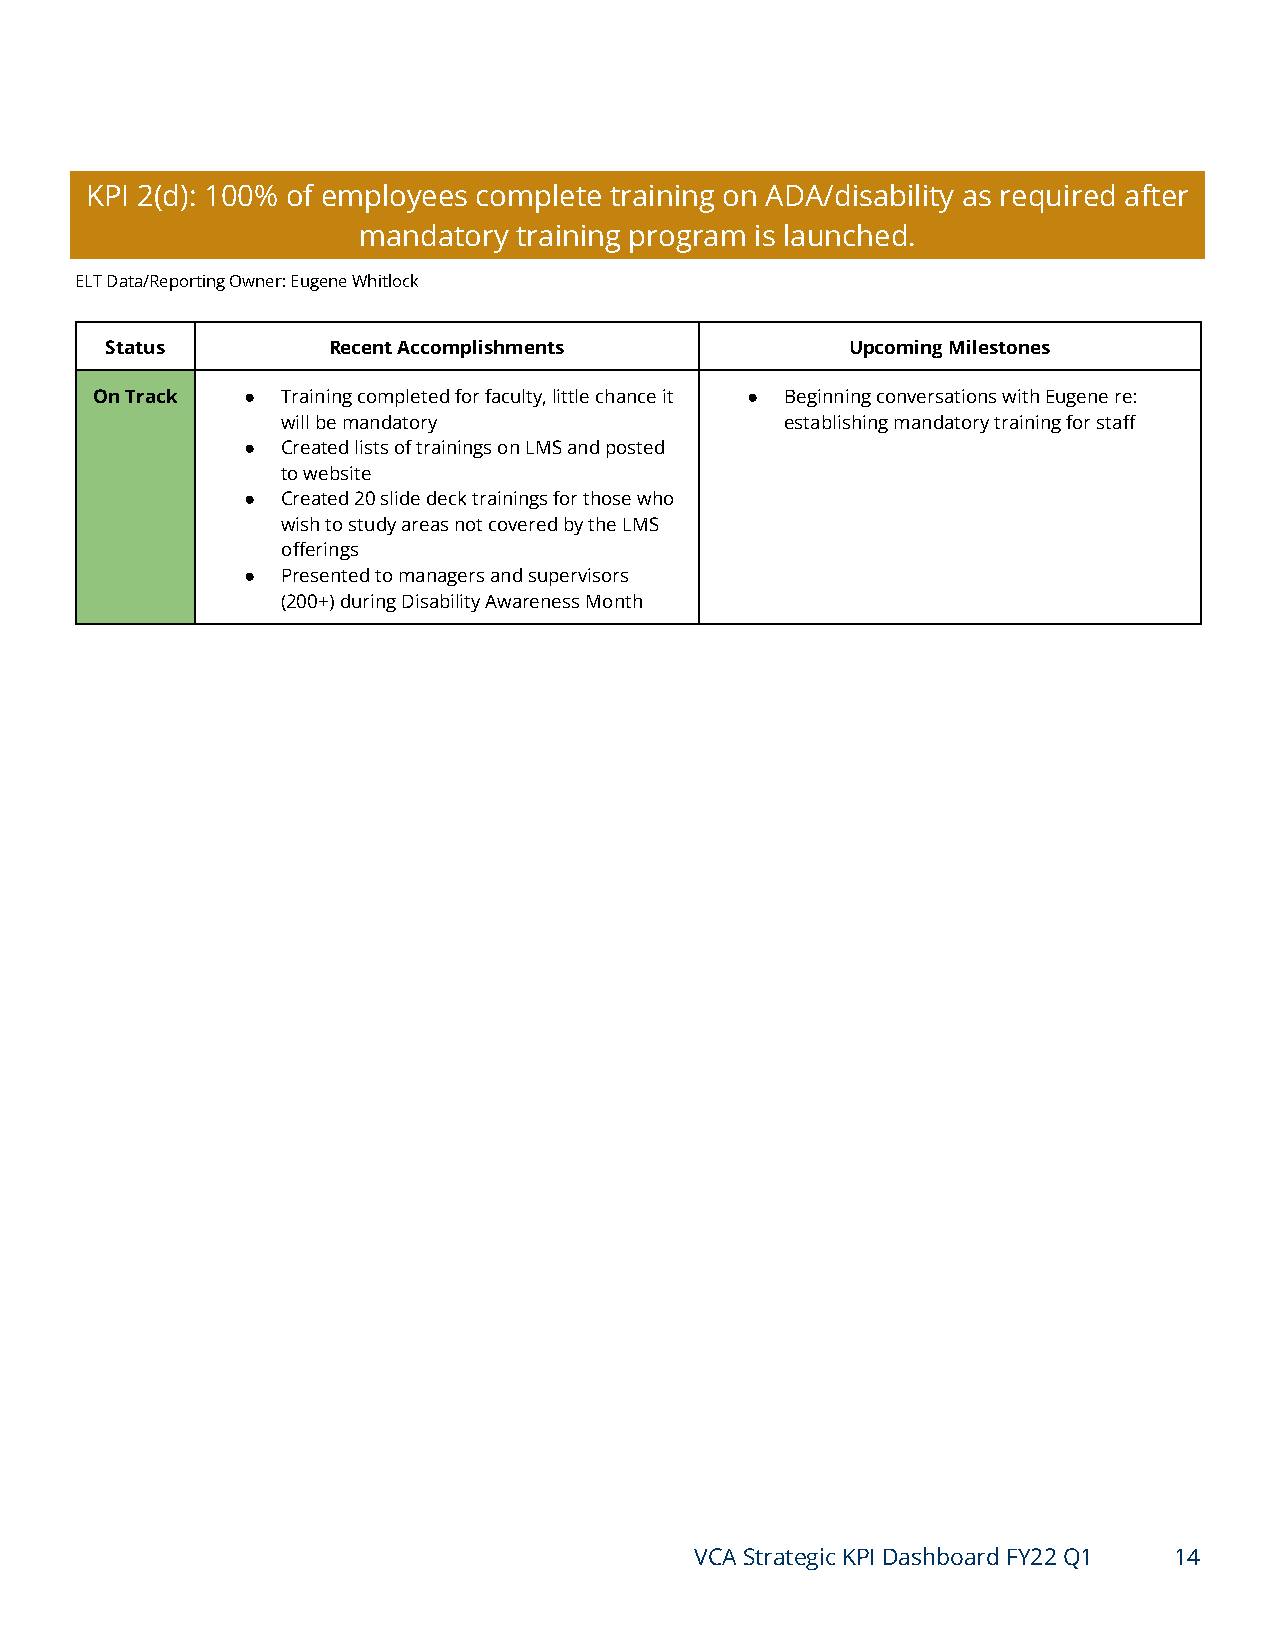
KPI 2(d): 100% of employees complete training on ADA/disability as required after
 mandatory training program is launched.
 ELT Data/Reporting Owner: Eugene Whitlock
 Status         Recent Accomplishments            Upcoming Milestones
 On Track  ●  Training completed for faculty, little chance it ● Beginning conversations with Eugene re:
 will be mandatory                establishing mandatory training for staff
 ●  Created lists of trainings on LMS and posted
 to website
 ●  Created 20 slide deck trainings for those who
 wish to study areas not covered by the LMS
 offerings
 ●  Presented to managers and supervisors
 (200+) during Disability Awareness Month
 VCA Strategic KPI Dashboard FY22 Q1 14